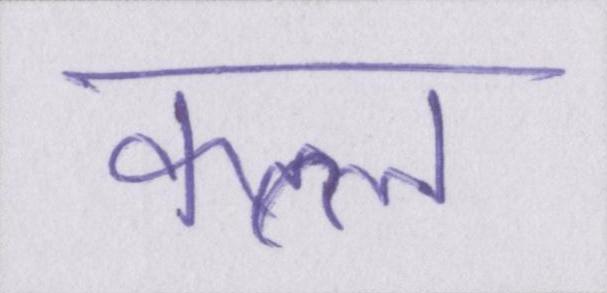
कत्ल